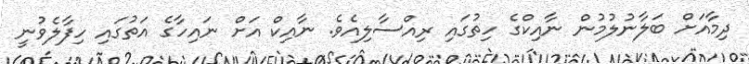
ދިމާއަށް ބަލާނުލުމުން ނާއިކްގެ ހިތުގައި ރިއްސާލިއެވެ. ނާއިކް އަށް ނައިހާގެ އަތުގައި ހިފާލެވުނީ